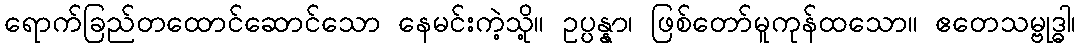
ရောက်ခြည်တထောင်ဆောင်သော နေမင်းကဲ့သို့။ ဥပ္ပန္နာ၊ ဖြစ်တော်မူကုန်ထသော။ ဧတေသမ္ဗုဒ္ဓါ၊